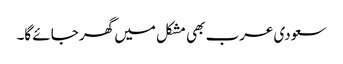
سعودی عرب بھی مشکل میں گھر جائے گا۔